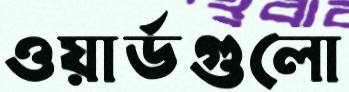
ওয়ার্ডগুলো